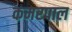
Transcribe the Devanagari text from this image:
कमरपाल